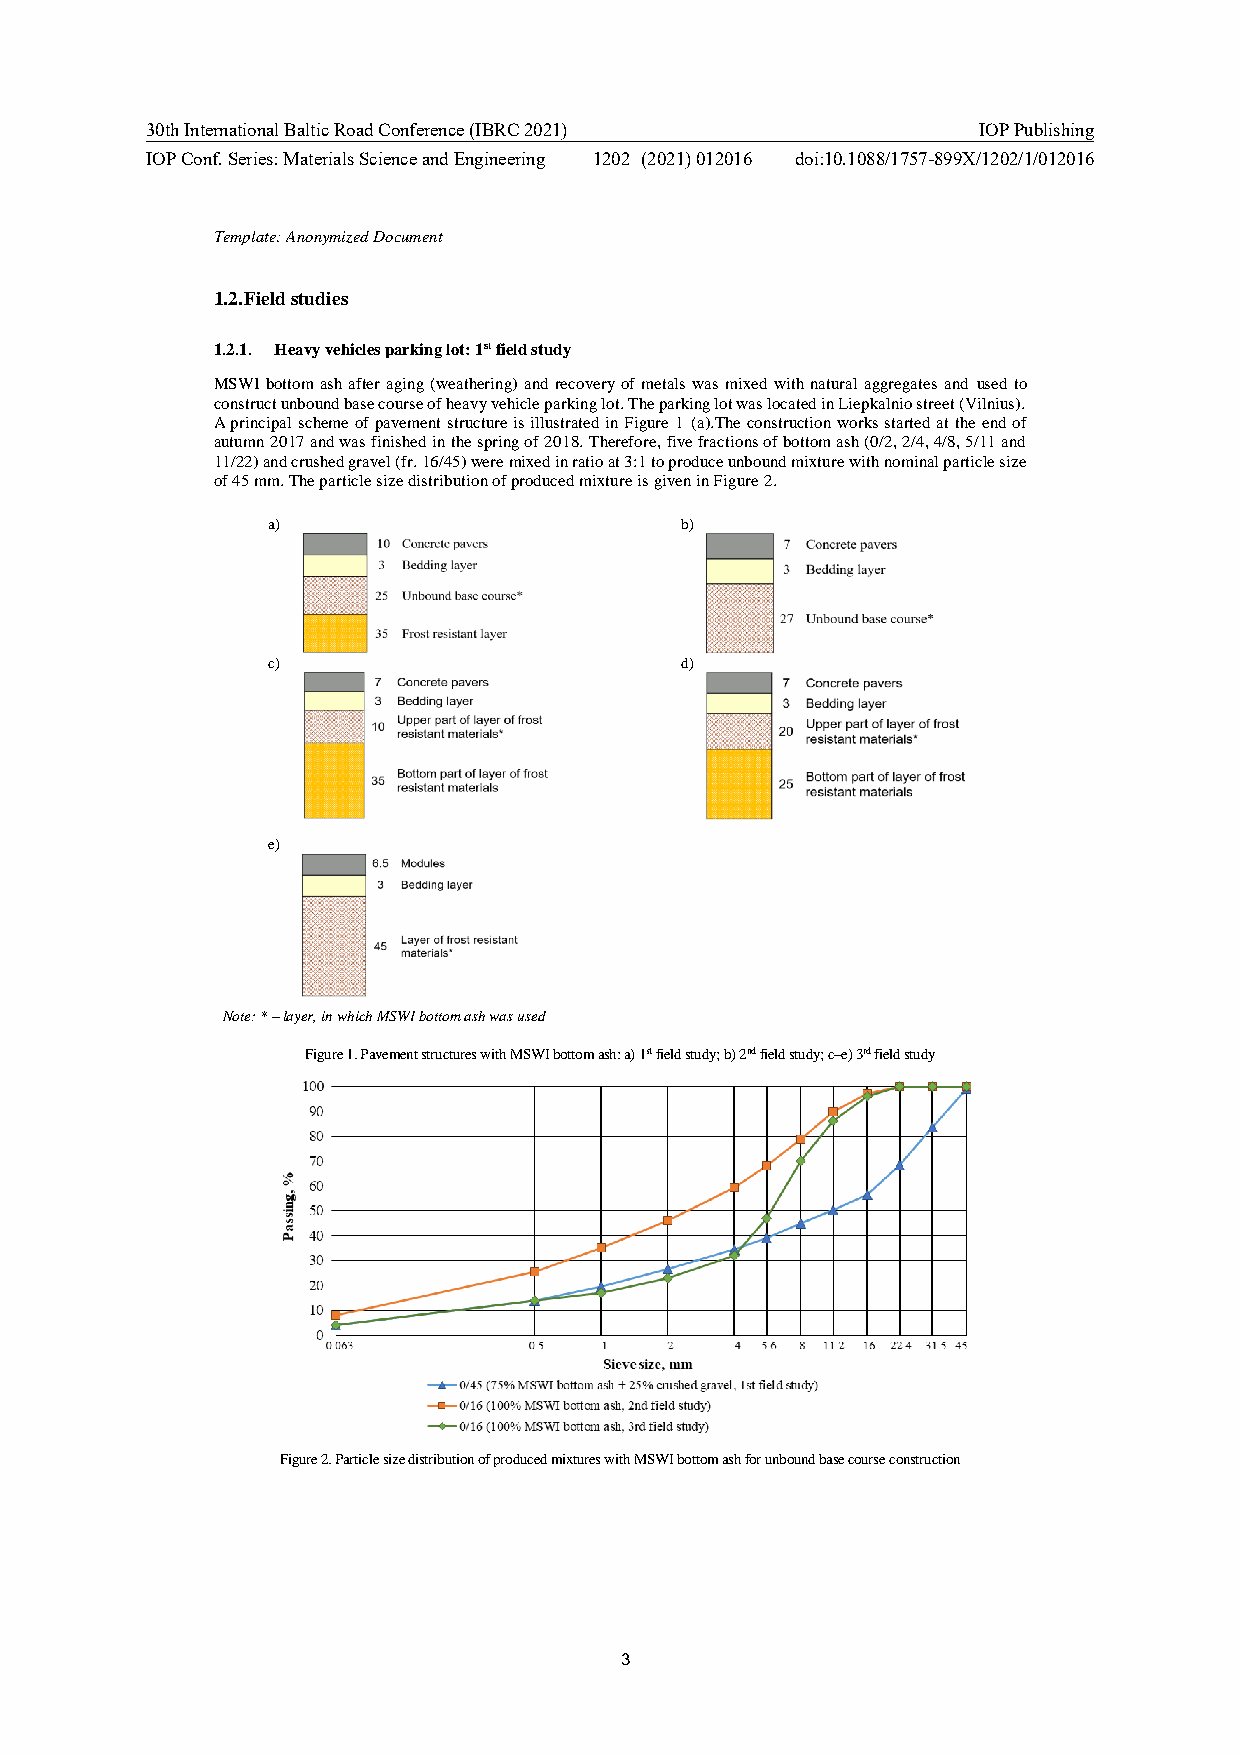
30th International Baltic Road Conference (IBRC 2021)  IOP Publishing
 IOP Conf. Series: Materials Science and Engineering 1202 (2021) 012016 doi:10.1088/1757-899X/1202/1/012016
 Template: Anonymized Document
 1.2. Field studies
 1.2.1. Heavy vehicles parking lot: 1st field study
 MSWI bottom ash after aging (weathering) and recovery of metals was mixed with natural aggregates and used to
 construct unbound base course of heavy vehicle parking lot. The parking lot was located in Liepkalnio street (Vilnius).
 A principal scheme of pavement structure is illustrated in Figure 1 (a).The construction works started at the end of
 autumn 2017 and was finished in the spring of 2018. Therefore, five fractions of bottom ash (0/2, 2/4, 4/8, 5/11 and
 11/22) and crushed gravel (fr. 16/45) were mixed in ratio at 3:1 to produce unbound mixture with nominal particle size
 of 45 mm. The particle size distribution of produced mixture is given in Figure 2.
 a)                         b)
 c)                         d)
 e)
 Note: * – layer, in which MSWI bottom ash was used
 Figure 1. Pavement structures with MSWI bottom ash: a) 1st field study; b) 2nd field study; c–e) 3rd field study
 Figure 2. Particle size distribution of produced mixtures with MSWI bottom ash for unbound base course construction
 3